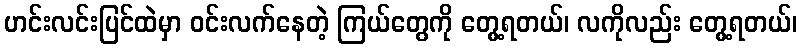
ဟင်းလင်းပြင်ထဲမှာ ဝင်းလက်နေတဲ့ ကြယ်တွေကို တွေ့ရတယ်၊ လကိုလည်း တွေ့ရတယ်၊